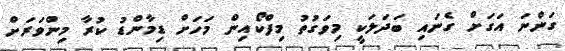
ގަންނަ އަގަށް ގެނައި ބަދަލަކީ މިވަގުތު މިފްކޯއިން މަހަށް ޑިމާންޑު ކުރާ މިންވަރަށް